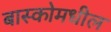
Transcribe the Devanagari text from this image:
बास्कोमधील